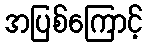
အပြစ်ကြောင့်